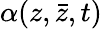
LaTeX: \alpha(z,\bar{z},t)